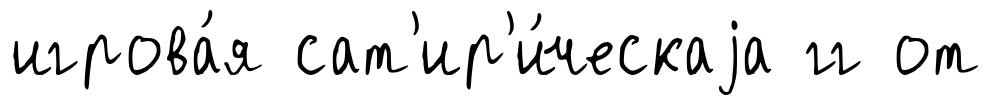
игрова́я сат'ир'и́ческаjа гг от